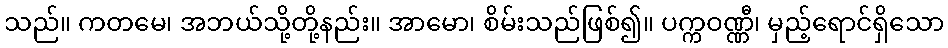
သည်။ ကတမေ၊ အဘယ်သို့တို့နည်း။ အာမော၊ စိမ်းသည်ဖြစ်၍။ ပက္ကဝဏ္ဏီ၊ မှည့်ရောင်ရှိသော